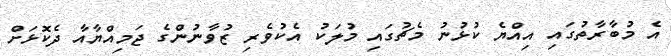
އެ މުބާރާތުގައި އިއްޔެ ކުޅުނު މެޗުގައި މުލަކު އެކުވެރި ޒުވާނުންގެ ޖަމިއްޔާއާ ދެކޮޅަށް